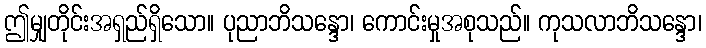
ဤမျှတိုင်းအရှည်ရှိသော။ ပုညာဘိသန္ဒော၊ ကောင်းမှုအစုသည်။ ကုသလာဘိသန္ဒော၊